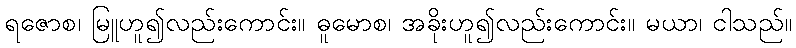
ရဇောစ၊ မြူဟူ၍လည်းကောင်း။ ဓူမောစ၊ အခိုးဟူ၍လည်းကောင်း။ မယာ၊ ငါသည်။